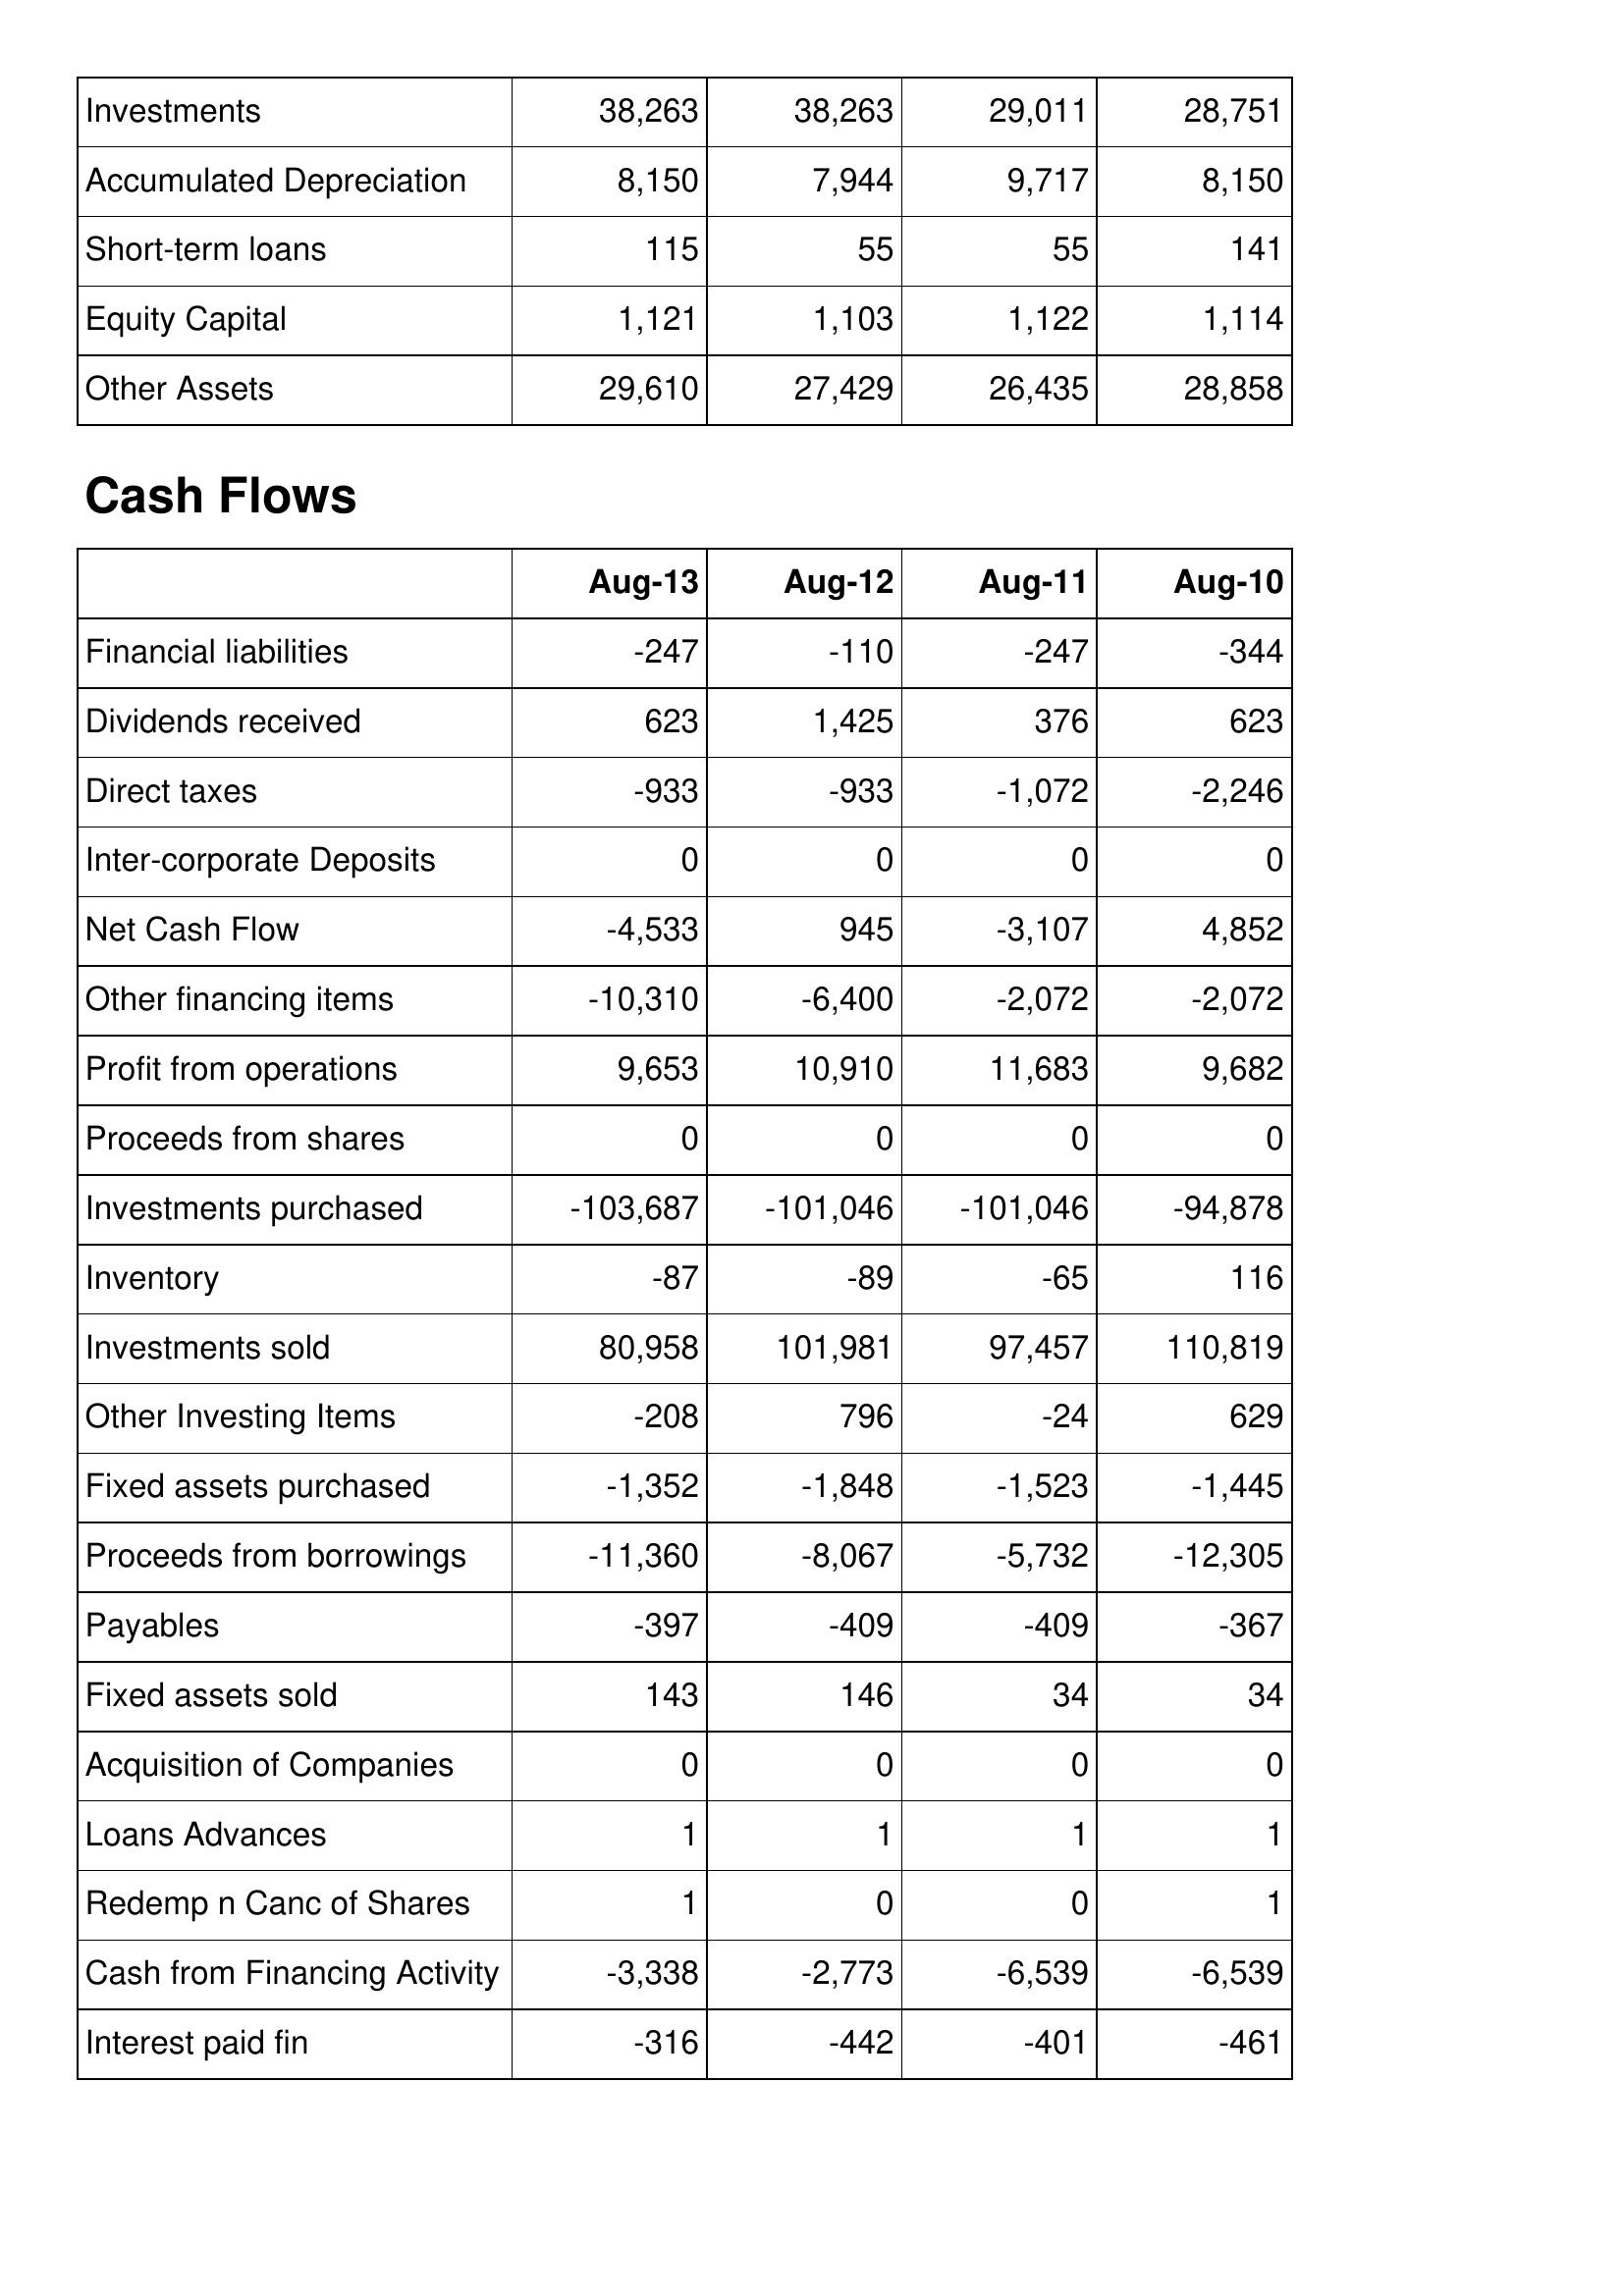
Aug-13: Balance Sheet: Investments: 38,263
Accumulated Depreciation: 8,150
Short-term loans: 115
Equity Capital: 1,121
Other Assets: 29,610
Cash Flows: Financial liabilities: -247
Dividends received: 623
Direct taxes: -933
Inter-corporate Deposits: 0
Net Cash Flow: -4,533
Other financing items: -10,310
Profit from operations: 9,653
Proceeds from shares: 0
Investments purchased: -103,687
Inventory: -87
Investments sold: 80,958
Other Investing Items: -208
Fixed assets purchased: -1,352
Proceeds from borrowings: -11,360
Payables: -397
Fixed assets sold: 143
Acquisition of Companies: 0
Loans Advances: 1
Redemp n Canc of Shares: 1
Cash from Financing Activity: -3,338
Interest paid fin: -316
Aug-12: Balance Sheet: Investments: 38,263
Accumulated Depreciation: 7,944
Short-term loans: 55
Equity Capital: 1,103
Other Assets: 27,429
Cash Flows: Financial liabilities: -110
Dividends received: 1,425
Direct taxes: -933
Inter-corporate Deposits: 0
Net Cash Flow: 945
Other financing items: -6,400
Profit from operations: 10,910
Proceeds from shares: 0
Investments purchased: -101,046
Inventory: -89
Investments sold: 101,981
Other Investing Items: 796
Fixed assets purchased: -1,848
Proceeds from borrowings: -8,067
Payables: -409
Fixed assets sold: 146
Acquisition of Companies: 0
Loans Advances: 1
Redemp n Canc of Shares: 0
Cash from Financing Activity: -2,773
Interest paid fin: -442
Aug-11: Balance Sheet: Investments: 29,011
Accumulated Depreciation: 9,717
Short-term loans: 55
Equity Capital: 1,122
Other Assets: 26,435
Cash Flows: Financial liabilities: -247
Dividends received: 376
Direct taxes: -1,072
Inter-corporate Deposits: 0
Net Cash Flow: -3,107
Other financing items: -2,072
Profit from operations: 11,683
Proceeds from shares: 0
Investments purchased: -101,046
Inventory: -65
Investments sold: 97,457
Other Investing Items: -24
Fixed assets purchased: -1,523
Proceeds from borrowings: -5,732
Payables: -409
Fixed assets sold: 34
Acquisition of Companies: 0
Loans Advances: 1
Redemp n Canc of Shares: 0
Cash from Financing Activity: -6,539
Interest paid fin: -401
Aug-10: Balance Sheet: Investments: 28,751
Accumulated Depreciation: 8,150
Short-term loans: 141
Equity Capital: 1,114
Other Assets: 28,858
Cash Flows: Financial liabilities: -344
Dividends received: 623
Direct taxes: -2,246
Inter-corporate Deposits: 0
Net Cash Flow: 4,852
Other financing items: -2,072
Profit from operations: 9,682
Proceeds from shares: 0
Investments purchased: -94,878
Inventory: 116
Investments sold: 110,819
Other Investing Items: 629
Fixed assets purchased: -1,445
Proceeds from borrowings: -12,305
Payables: -367
Fixed assets sold: 34
Acquisition of Companies: 0
Loans Advances: 1
Redemp n Canc of Shares: 1
Cash from Financing Activity: -6,539
Interest paid fin: -461